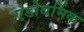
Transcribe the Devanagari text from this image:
एंडोथर्मिक